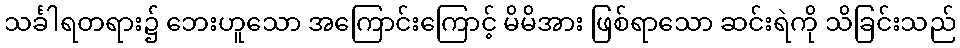
သင်္ခါရတရား၌ ဘေးဟူသော အကြောင်းကြောင့် မိမိအား ဖြစ်ရာသော ဆင်းရဲကို သိခြင်းသည်